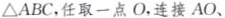
ΔABC，任取一点O，连接AO、